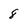
Character: 8